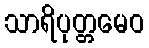
သာရိပုတ္တမေဝ